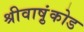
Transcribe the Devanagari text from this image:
श्रीवाष़ुंकोड